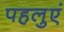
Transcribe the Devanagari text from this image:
पहलुएं